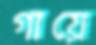
গায়ে